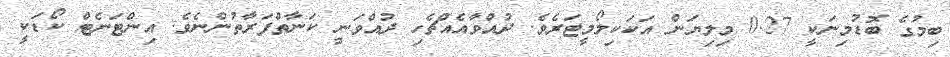
ބިމުގެ ބޮޑުމިނަކީ 0.27 މިލިޔަން އަކަކިލޯމީޓަރެވެ. ދުއްވާއެއްޗެހި ދުއްވަނީ ކަނާތްފަރާތުންނެވެ. އިންޓަނެޓް ކޯޑަކީ